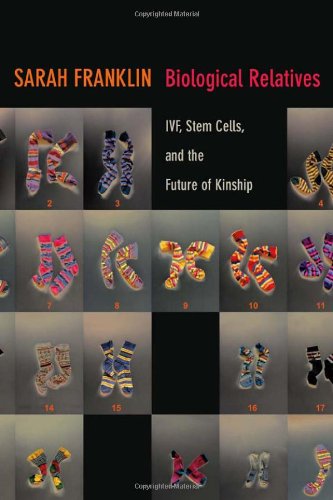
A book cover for Biological Relatives: IVF, Stem Cells, and the Future of Kinship (Experimental Futures); Sarah Franklin; Parenting & Relationships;